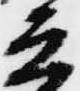
兵